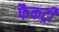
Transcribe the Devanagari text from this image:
फैकट्री